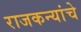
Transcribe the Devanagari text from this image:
राजकन्यांचे